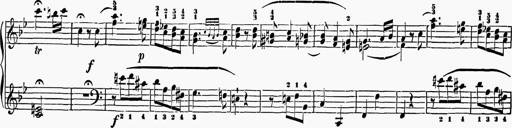
Title: 6 Sonatas
Composer: Muzio Clementi